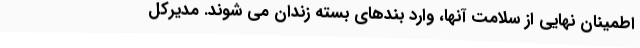
اطمینان نهایی از سلامت آنها، وارد بندهای بسته زندان می شوند. مدیرکل